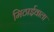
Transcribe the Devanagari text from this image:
मिठार्इवाला